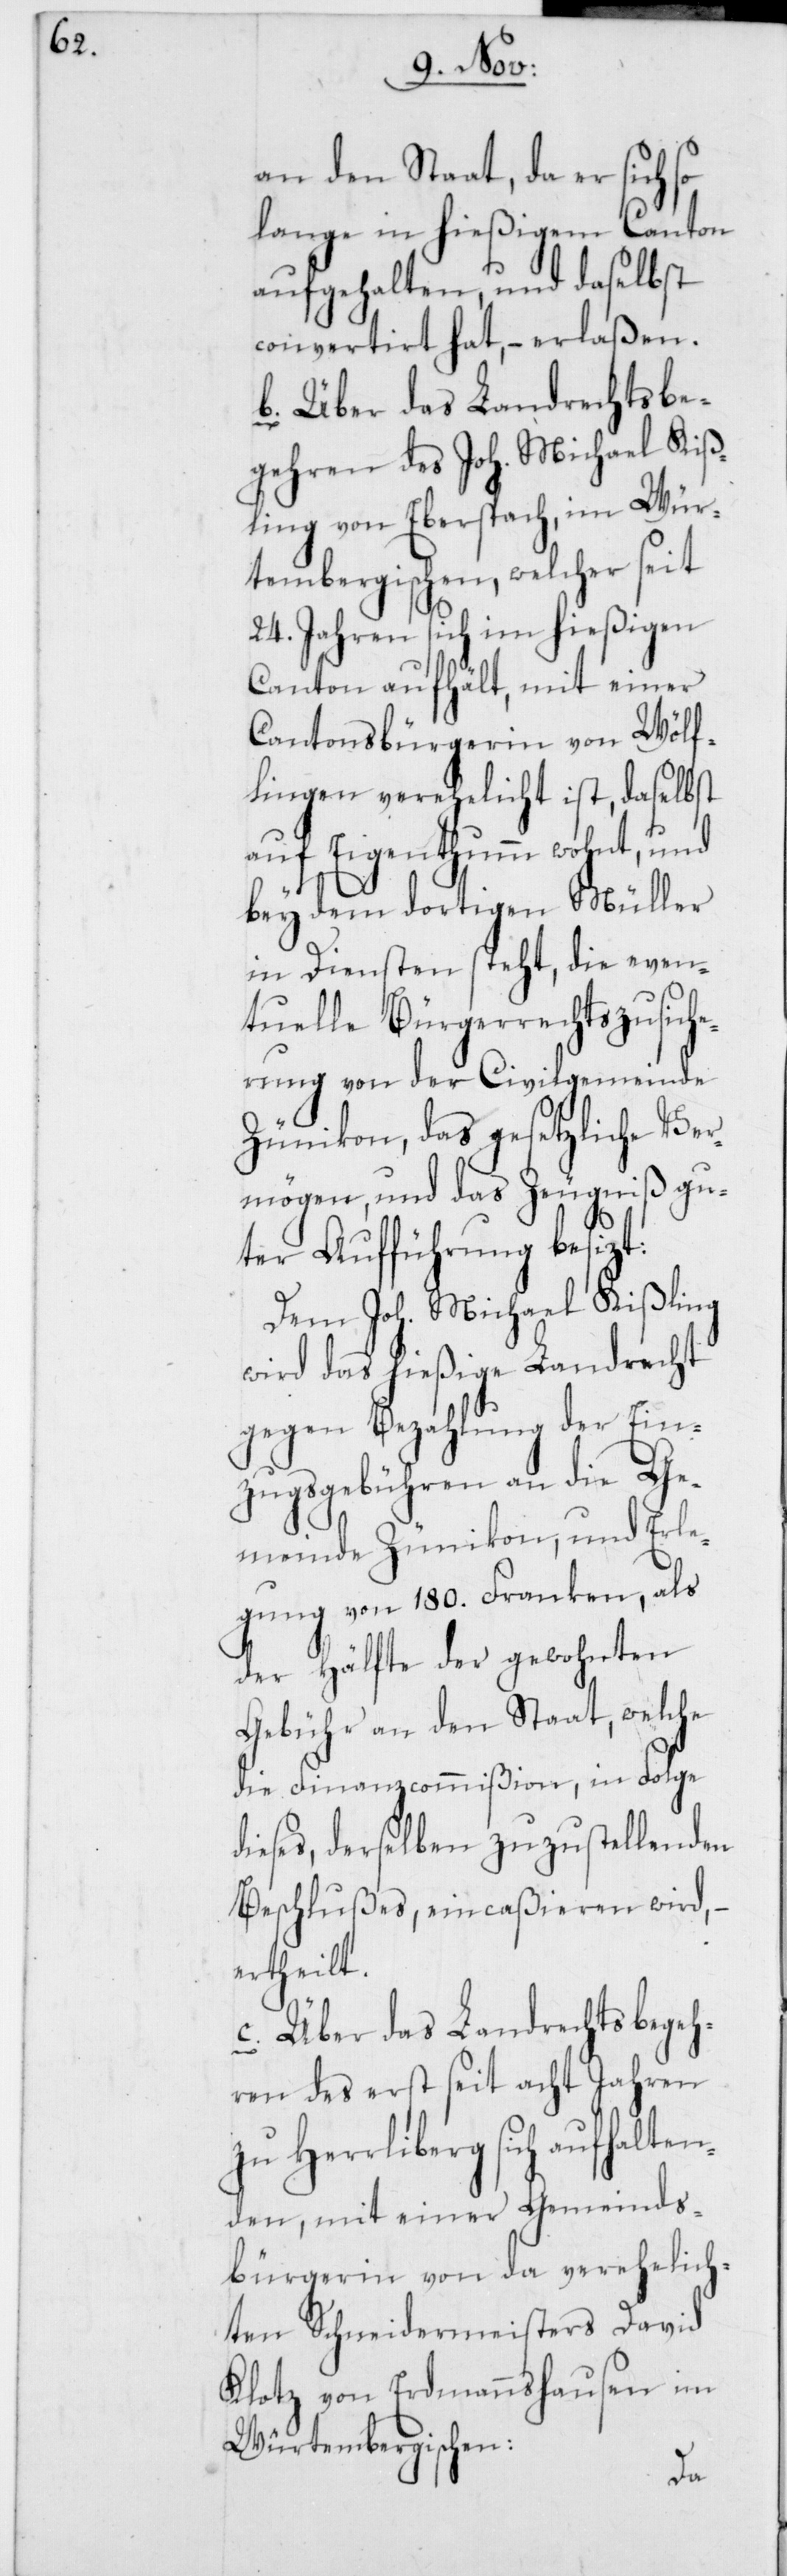
an den Staat, da er sich so
lange in hießigem Canton
aufgehalten, und daselbst
convertirt hat, – erlaßen.
b. Über das Landrechtsbe¬
gehren des Joh. Michael Kiß¬
ling von Eberspach, im Wür¬
tembergischen, welcher seit
24. Jahren sich im hießigen
Canton aufhält, mit einer
Cantonsbürgerin von Wölf¬
lingen verehelicht ist, daselbst
auf Eigenthum wohnt, und
bey dem dortigen Müller
in Diensten steht, die even¬
tuelle Bürgerrechtszusich¬
erung von der Civilgemeinde
Zünikon, das gesetzliche Ver¬
mögen, und das Zeugniß gu¬
ter Aufführung besizt:
Dem Joh. Michael Kißling
wird das hießige Landrecht
gegen Bezahlung der Ein¬
zugsgebühren an die Ge¬
meinde Zünikon, und Erle¬
gung von 180. Franken, als
der Hälfte der gewohnten
Gebühr an den Staat, welche
die Finanzcommißion, in Folge
dieses, derselben zuzustellenden
Beschlußes, eincaßieren wird,
ertheilt.
c. Über das Landrechtsbegeh¬
ren des erst seit acht Jahren
Herrliberg sich aufhalte¬
nden, mit einer Gemeinds¬
bürgerin von da verehelich¬
ten Schneidermeisters David
Klotz von Erdmannshausen im